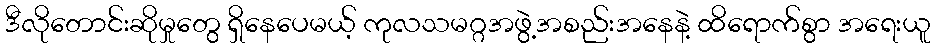
ဒီလိုတောင်းဆိုမှုတွေ ရှိနေပေမယ့် ကုလသမဂ္ဂအဖွဲ့အစည်းအနေနဲ့ ထိရောက်စွာ အရေးယူ